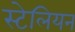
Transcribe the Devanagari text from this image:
स्टेलियन